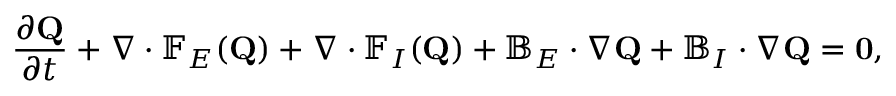
\frac { \partial \mathbf { Q } } { \partial t } + \nabla \cdot \mathbb { F } _ { E } ( \mathbf { Q } ) + \nabla \cdot \mathbb { F } _ { I } ( \mathbf { Q } ) + \mathbb { B } _ { E } \cdot \nabla \mathbf { Q } + \mathbb { B } _ { I } \cdot \nabla \mathbf { Q } = \mathbf { 0 } ,